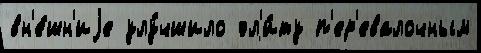
вн'е́шн'иjе улу́чшило эл'и́ту п'ер'евалочным